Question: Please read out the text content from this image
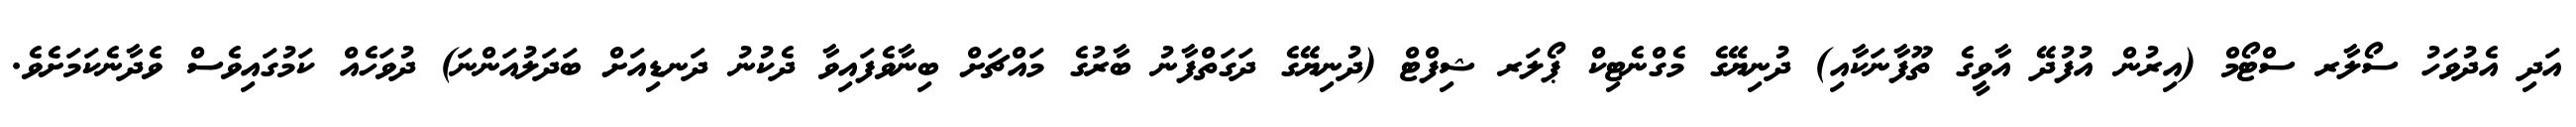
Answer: އަދި އެދުވަހު ސޯލާރ ސްޓޯމް (އިރުން އުފުދޭ އާވީގެ ތޫފާނަކާއި) ދުނިޔޭގެ މެގްނެޓިކް ޕޯލަރ ޝިފްޓް (ދުނިޔޭގެ ދަގަތްފާނު ބާރުގެ މައްޗަށް ބިނާވެފައިވާ ދެކުނު ދަނޑިއަށް ބަދަލުއަންނަ) ދުވަހެއް ކަމުގައިވެސް ވެދާނެކަމަށެވެ.